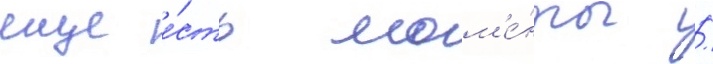
еще е́сть мом'е́нты /